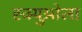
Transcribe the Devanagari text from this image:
स्क्युओला